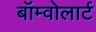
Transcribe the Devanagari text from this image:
बॉम्वोलार्ट